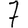
Digit: 7